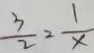
\frac { 3 } { 2 } = \frac { 1 } { x }